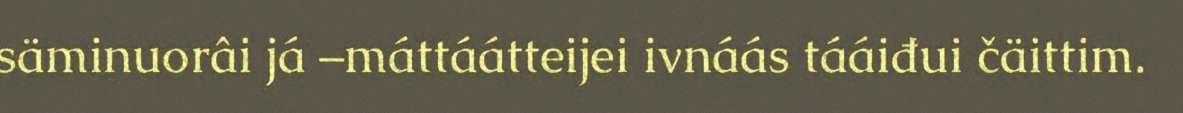
säminuorâi já –máttáátteijei ivnáás tááiđui čäittim.